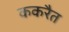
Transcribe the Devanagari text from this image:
ककरैत